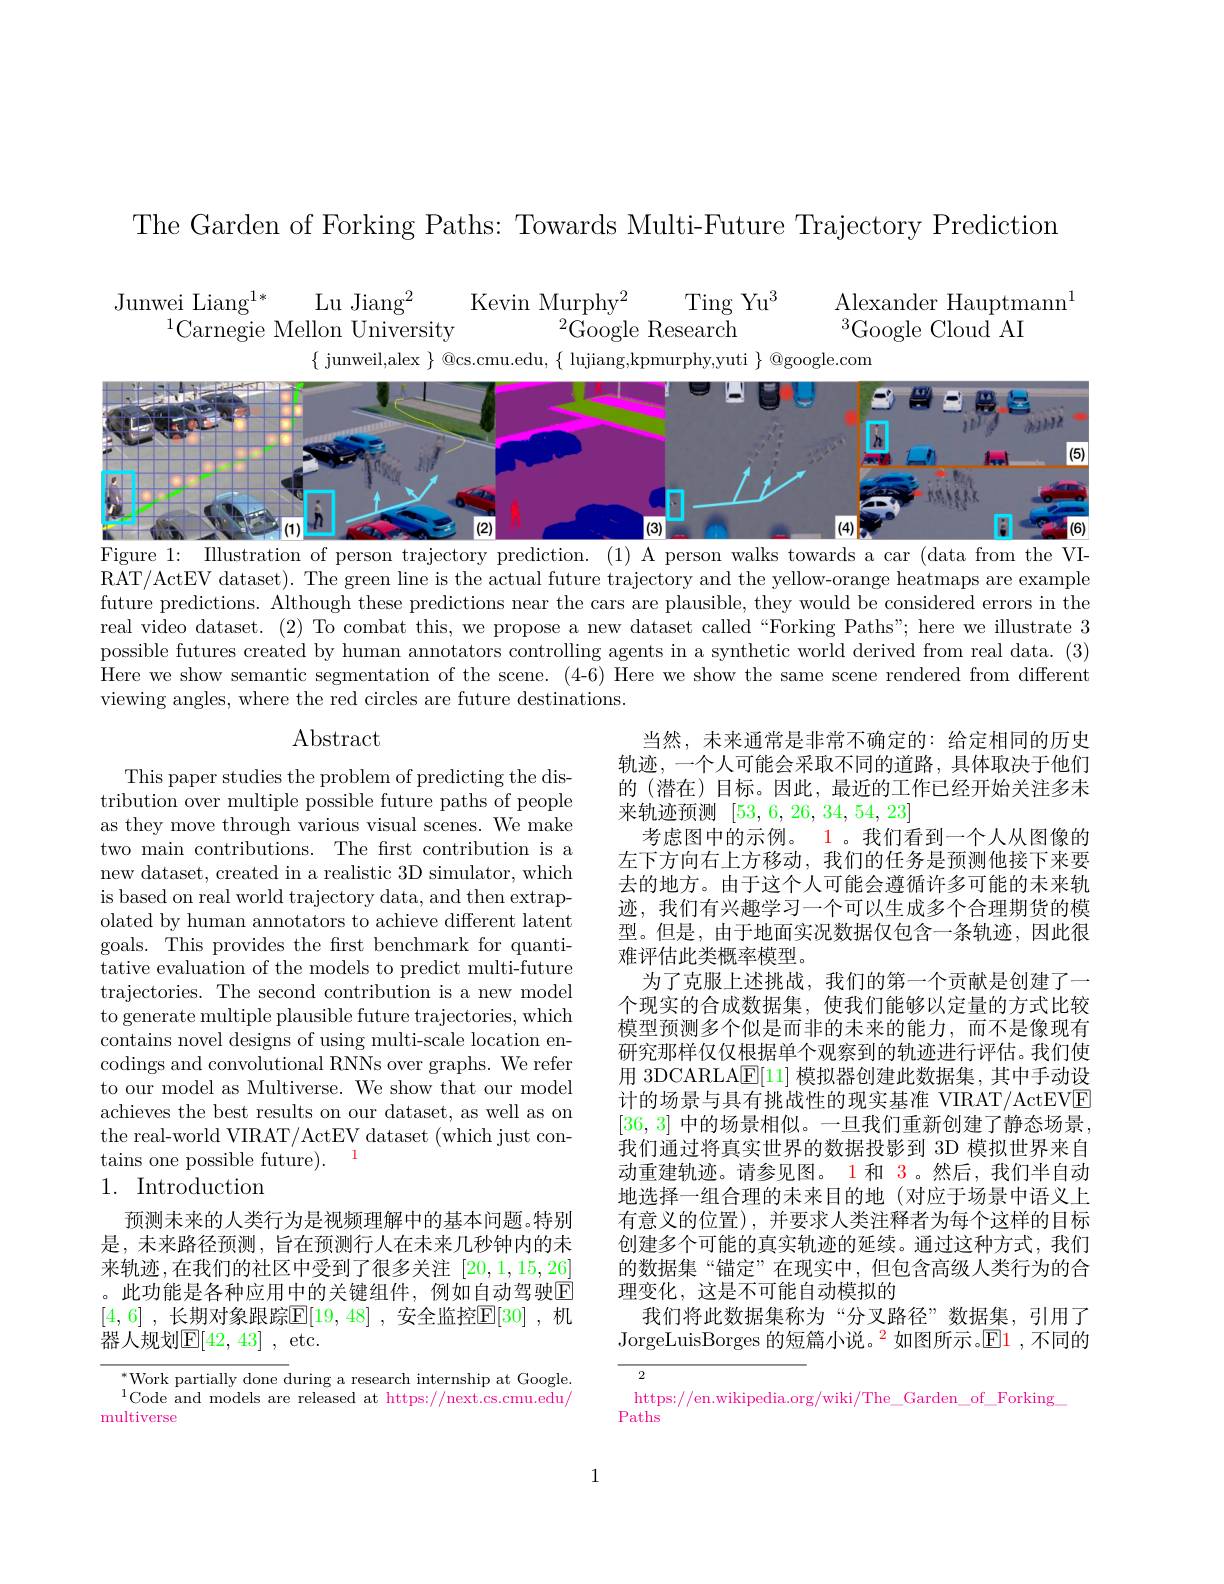
The Garden of Forking Paths: Towards Multi-Future Trajectory Prediction

Ting Yu$^3$
Alexander Hauptmann$^1$
$\begin{array}{cc}{\text{Junwei Liang}^{1*}}&{\text{Lu Jiang}^2}&{\text{Kevin Murphy}^2}\\{^{1}\text{Carnegie Mellon University}}&{^2\text{Google Research}}\end{array}$
$^3$Google Cloud AI
$\{$ junweil,alex $\}$ @cs.cmu.edu, $\{$ lujiang,kpmurphy,yuti $\}$ @google.com

<FigureHere>
Figure 1: Illustration of person trajectory prediction. (1) A person walks towards a car (data from the VI-

RAT/ActEV dataset). The green line is the actual future trajectory and the yellow-orange heatmaps are example future predictions. Although these predictions near the cars are plausible, they would be considered errors in the real video dataset. (2) To combat this, we propose a new dataset called“Forking Paths" here we illustrate 3 possible futures created by human annotators controlling agents in a synthetic world derived from real data. (3) Here we show semantic segmentation of the scene. (4-6) Here we show the same scene rendered from different viewing angles, where the red circles are future destinations.

Abstract

This paper studies the problem of predicting the distribution over multiple possible future paths of people as they move through various visual scenes. We make two main contributions. The first contribution is a new dataset, created in a realistic 3D simulator, which is based on real world trajectory data, and then extrapolated by human annotators to achieve different latent goals. This provides the first benchmark for quantitative evaluation of the models to predict multi-future trajectories. The second contribution is a new model to generate multiple plausible future trajectories, which contains novel designs of using multi-scale location encodings and convolutional RNNs over graphs. We refer to our model as Multiverse. We show that our model achieves the best results on our dataset, as well as on the real-world VIRAT/ActEV dataset (which just contains one possible future). 1
1. Introduction

当然，未来通常是非常不确定的：给定相同的历史轨迹，一个人可能会采取不同的道路，具体取决于他们的(潜在)目标。因此，最近的工作已经开始关注多未来轨迹预测[53,6,26,34,54,23]
考虑图中的示例。1。我们看到一个人从图像的左下方向右上方移动，我们的任务是预测他接下来要去的地方。由于这个人可能会遵循许多可能的未来轨迹，我们有兴趣学习一个可以生成多个合理期货的模型。但是，由于地面实况数据仅包含一条轨迹，因此很难评估此类概率模型。
为了克服上述挑战，我们的第一个贡献是创建了一个现实的合成数据集，使我们能够以定量的方式比较模型预测多个似是而非的未来的能力，而不是像现有研究那样仅仅根据单个观察到的轨迹进行评估。我们使用 3DCARLAE[11]模拟器创建此数据集，其中手动设计的场景与具有挑战性的现实基准 VIRAT/ActEVE [36,3] 中的场景相似。一旦我们重新创建了静态场景， 我们通过将真实世界的数据投影到 3D 模拟世界来自动重建轨迹。请参见图。1 和 3。然后，我们半自动地选择一组合理的未来目的地 (对应于场景中语义上有意义的位置),并要求人类注释者为每个这样的目标创建多个可能的真实轨迹的延续。通过这种方式，我们的数据集“锚定”在现实中，但包含高级人类行为的合理变化，这是不可能自动模拟的
我们将此数据集称为“分叉路径”数据集，引用了JorgeLuisBorges 的短篇小说。$^{\color{red}2}$如图所示。$\color{red}{E1}$,不同的
$\overline{2}$

预测未来的人类行为是视频理解中的基本问题。特别是，未来路径预测，旨在预测行人在末来几秒钟内的未来轨迹，在我们的社区中受到了很多关注[20,1,15,26] 。此功能是各种应用中的关键组件，例如自动驾驶$\mathbb{E}$ [4,6] ,长期对象跟踪$\mathbb{E}[19,48]$ ,安全监控$\mathbb{E}[30]$ ,机器人规划$\mathbb{E}[42,43]$,etc.

$^*$Work partially done during a research internship at Google. $^{1}\dot{\text{Code and models are released at https:}}//\dot{\text{next.cs.cmu.edu}}/$ multiverse

https://en.wikipedia.org/wiki/The\_Garden\_of\_Forking
Paths

1